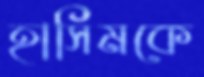
হাসিমকে